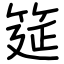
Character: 筵